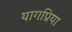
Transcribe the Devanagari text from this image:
यागप्रिया